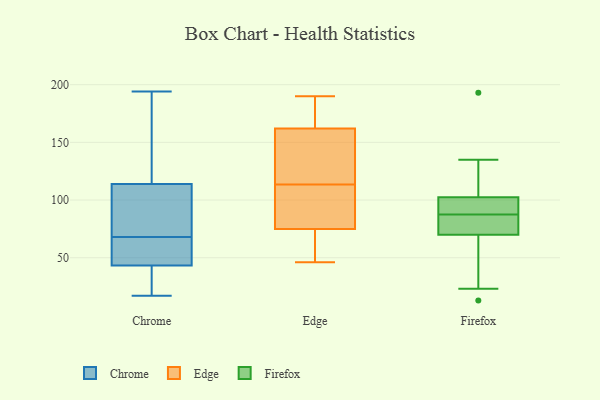
{"axis": {"x": "Page Views", "y": "Value"}, "legend": ["Chrome", "Edge", "Firefox"], "data": [{"x": "", "y": 69, "type": "Chrome"}, {"x": "", "y": 138, "type": "Chrome"}, {"x": "", "y": 50, "type": "Chrome"}, {"x": "", "y": 123, "type": "Chrome"}, {"x": "", "y": 77, "type": "Chrome"}, {"x": "", "y": 41, "type": "Chrome"}, {"x": "", "y": 60, "type": "Chrome"}, {"x": "", "y": 87, "type": "Chrome"}, {"x": "", "y": 17, "type": "Chrome"}, {"x": "", "y": 64, "type": "Chrome"}, {"x": "", "y": 68, "type": "Chrome"}, {"x": "", "y": 142, "type": "Chrome"}, {"x": "", "y": 30, "type": "Chrome"}, {"x": "", "y": 194, "type": "Chrome"}, {"x": "", "y": 24, "type": "Chrome"}, {"x": "", "y": 137, "type": "Edge"}, {"x": "", "y": 105, "type": "Edge"}, {"x": "", "y": 92, "type": "Edge"}, {"x": "", "y": 164, "type": "Edge"}, {"x": "", "y": 52, "type": "Edge"}, {"x": "", "y": 128, "type": "Edge"}, {"x": "", "y": 116, "type": "Edge"}, {"x": "", "y": 190, "type": "Edge"}, {"x": "", "y": 65, "type": "Edge"}, {"x": "", "y": 162, "type": "Edge"}, {"x": "", "y": 75, "type": "Edge"}, {"x": "", "y": 46, "type": "Edge"}, {"x": "", "y": 181, "type": "Edge"}, {"x": "", "y": 111, "type": "Edge"}, {"x": "", "y": 135, "type": "Firefox"}, {"x": "", "y": 23, "type": "Firefox"}, {"x": "", "y": 76, "type": "Firefox"}, {"x": "", "y": 13, "type": "Firefox"}, {"x": "", "y": 95, "type": "Firefox"}, {"x": "", "y": 59, "type": "Firefox"}, {"x": "", "y": 97, "type": "Firefox"}, {"x": "", "y": 72, "type": "Firefox"}, {"x": "", "y": 68, "type": "Firefox"}, {"x": "", "y": 108, "type": "Firefox"}, {"x": "", "y": 121, "type": "Firefox"}, {"x": "", "y": 82, "type": "Firefox"}, {"x": "", "y": 88, "type": "Firefox"}, {"x": "", "y": 193, "type": "Firefox"}, {"x": "", "y": 87, "type": "Firefox"}, {"x": "", "y": 91, "type": "Firefox"}]}